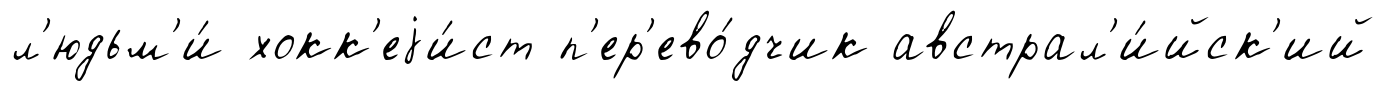
л'юдьм'и́ хокк'еjи́ст п'ер'ево́дчик австрал'и́йск'ий